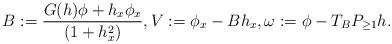
LaTeX: \begin{align*}& B := \frac{G(h)\phi + h_x\phi_x}{(1+h_x^2)} , V := \phi_x-Bh_x,\omega := \phi - T_B P_{\geq 1} h.\end{align*}